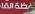
ظةالغا